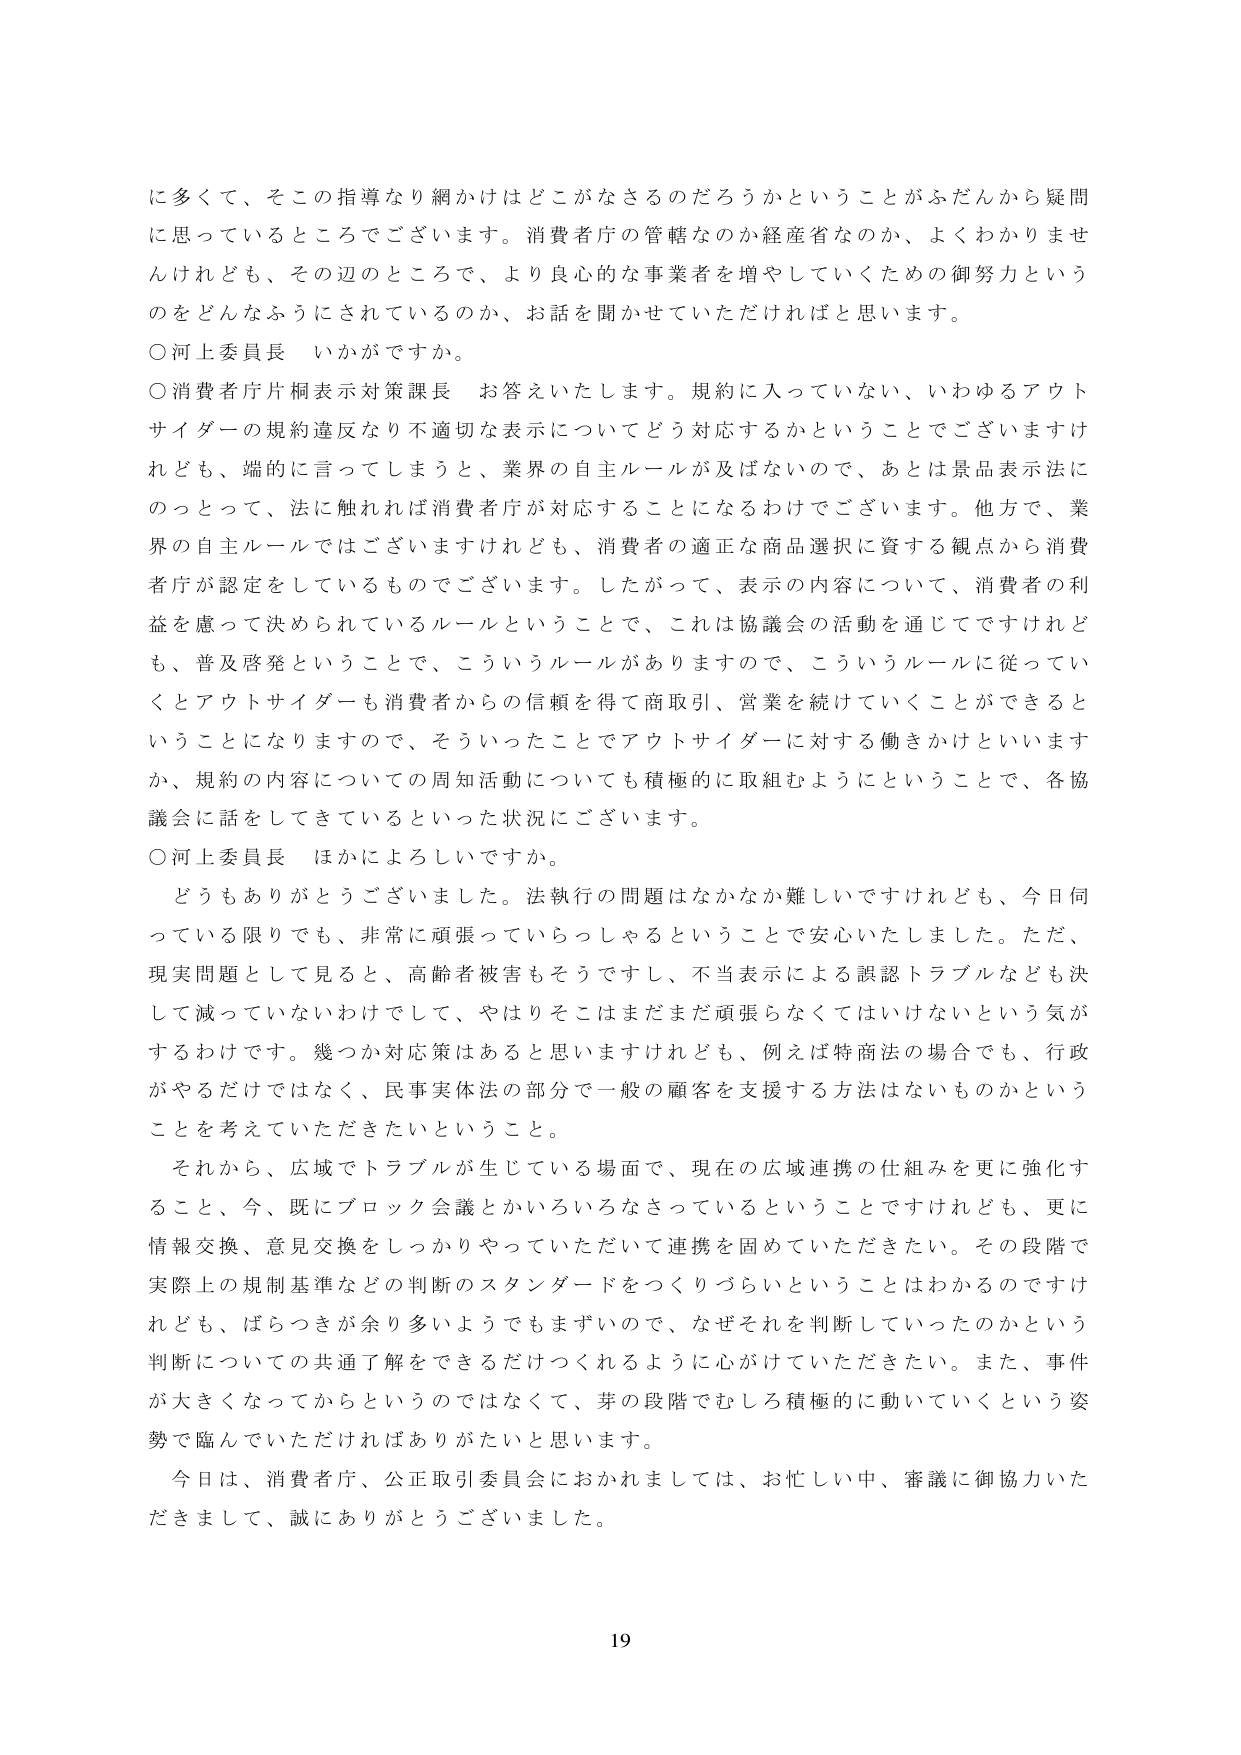
に多くて、そこの指導なり網かけはどこがなさるのだろうかということがふだんから疑問に思っているところでございます。消費者庁の管轄なのか経産省なのか、よくわかりませんけれども、その辺のところで、より良心的な事業者を増やしていくための御努力というのをどんなふうにされているのか、お話をお聞かせいただければと思います。

○河上委員長　いかがですか。

○消費者庁片桐表示対策課長　お答えいたします。規約に入っていない、いわゆるアウトサイダーの規約違反なり不適切な表示についてどう対応するかということでございますけれども、端的に言ってしまうと、業界の自主ルールが及ばないので、あとは景品表示法にのっとって、法に触れれば消費者庁が対応することになるわけでございます。他方で、業界の自主ルールではございますけれども、消費者の適正な商品選択に資する観点から消費者庁が認定をしているものでございます。したがって、表示の内容について、消費者の利益を慮って決められているルールということで、これは協議会の活動を通じてですけれども、普及啓発ということで、こういうルールがありますので、こういうルールに従っていくとアウトサイダーも消費者からの信頼を得て商取引、営業を続けていくことができるということになりますので、そういったことでアウトサイダーに対する働きかけといいますか、規約の内容についての周知活動についても積極的に取組むようにということで、各協議会に話をしてきているといった状況にございます。

○河上委員長　ほかにようしいですか。

どうもありがとうございました。法執行の問題はなかなか難しいですけれども、今日伺っている限りでも、非常に頑張っていらっしゃるということで安心いたしました。ただ、現実問題として見ると、高齢者被害もそうですし、不当表示による誤認トラブルなども決して減っていないわけであって、やはりそこはまだまだ頑張らなくてはいけないという気がするわけです。幾つか対応策はあると思いますけれども、例えば特商法の場合でも、行政がやるだけではなく、民事実体法の部分で一般の顧客を支援する方法はないものかということを考えていただきたいということ。

それから、広域でトラブルが生じている場面で、現在の広域連携の仕組みを更に強化すること、今、既にブロック会議とかいろいろなさっているということですけれども、更に情報交換、意見交換をしっかりやっていただいて連携を固めていただきたい。その段階で実際上の規制基準などの判断のスタンダードをつくりづらいということはわかるのですけれども、ばらつきが余り多いようでもまずいので、なぜそれを判断していったのかという判断についての共通了解をできるだけつくれるように心がけていただきたい。また、事件が大きくなってからというのではなくて、芽の段階でむしろ積極的に動いていくという姿勢で臨んでいただければありがたいと思います。

今日は、消費者庁、公正取引委員会におかれましては、お忙しい中、審議に御協力いただきまして、誠にありがとうございました。

19